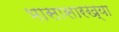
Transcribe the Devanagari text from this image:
भासासारख्या